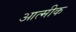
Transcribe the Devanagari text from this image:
आत्मीक